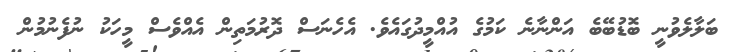
ބަލާލެވުނީ ބޮޑުބޭބެ އަންނާނެ ކަމުގެ އުއްމީދުގައެވެ. އެހެނަސް ދޮރުމަތިން އެއްވެސް މީހަކު ނުފެނުމުން